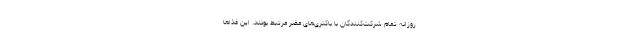
روزانه تمام شرکت‌کنندگان با باکتری‌های مضر مرتبط بودند. این غذاها